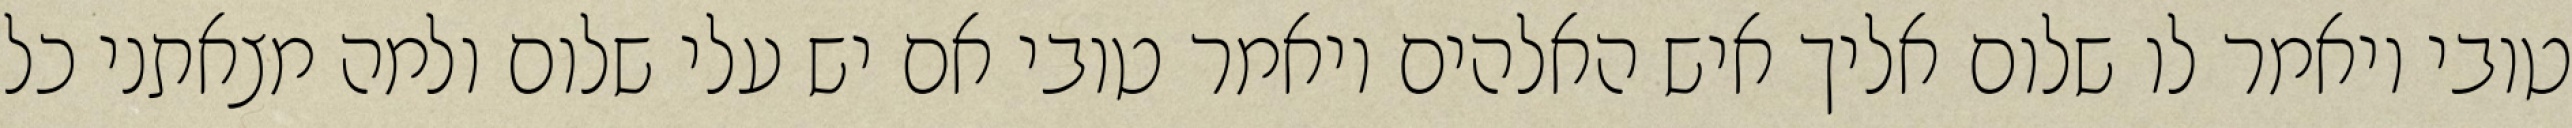
טובי ויאמר לו שלום אליך איש האלהים ויאמר טובי אם יש עלי שלום ולמה מצאתני כל